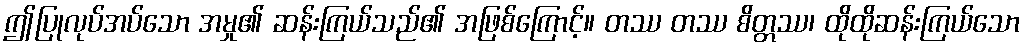
ဤပြုလုပ်အပ်သော အမှု၏ ဆန်းကြယ်သည်၏ အဖြစ်ကြောင့်။ တဿ တဿ စိတ္တဿ၊ ထိုထိုဆန်းကြယ်သော